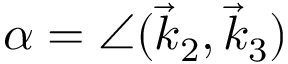
\alpha = \angle ( \vec { k } _ { 2 } , \vec { k } _ { 3 } )